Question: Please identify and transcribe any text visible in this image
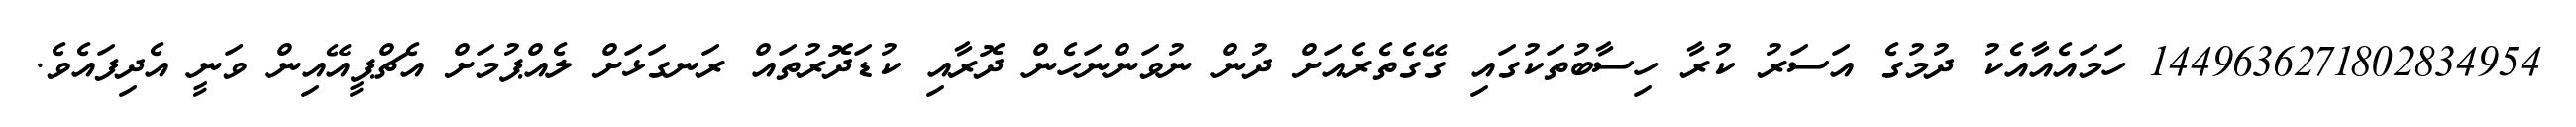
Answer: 1449636271802834954 ހަމައެއާއެކު ދުމުގެ އަސަރު ކުރާ ހިސާބުތަކުގައި ގޭގެތެރެއަށް ދުން ނުވަންނަހެން ދޮރާއި ކުޑަދޮރުތައް ރަނގަޅަށް ލެއްޕުމަށް އެޗްޕީއޭއިން ވަނީ އެދިފައެވެ.